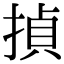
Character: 揁